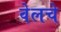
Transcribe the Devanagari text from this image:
वेलचे